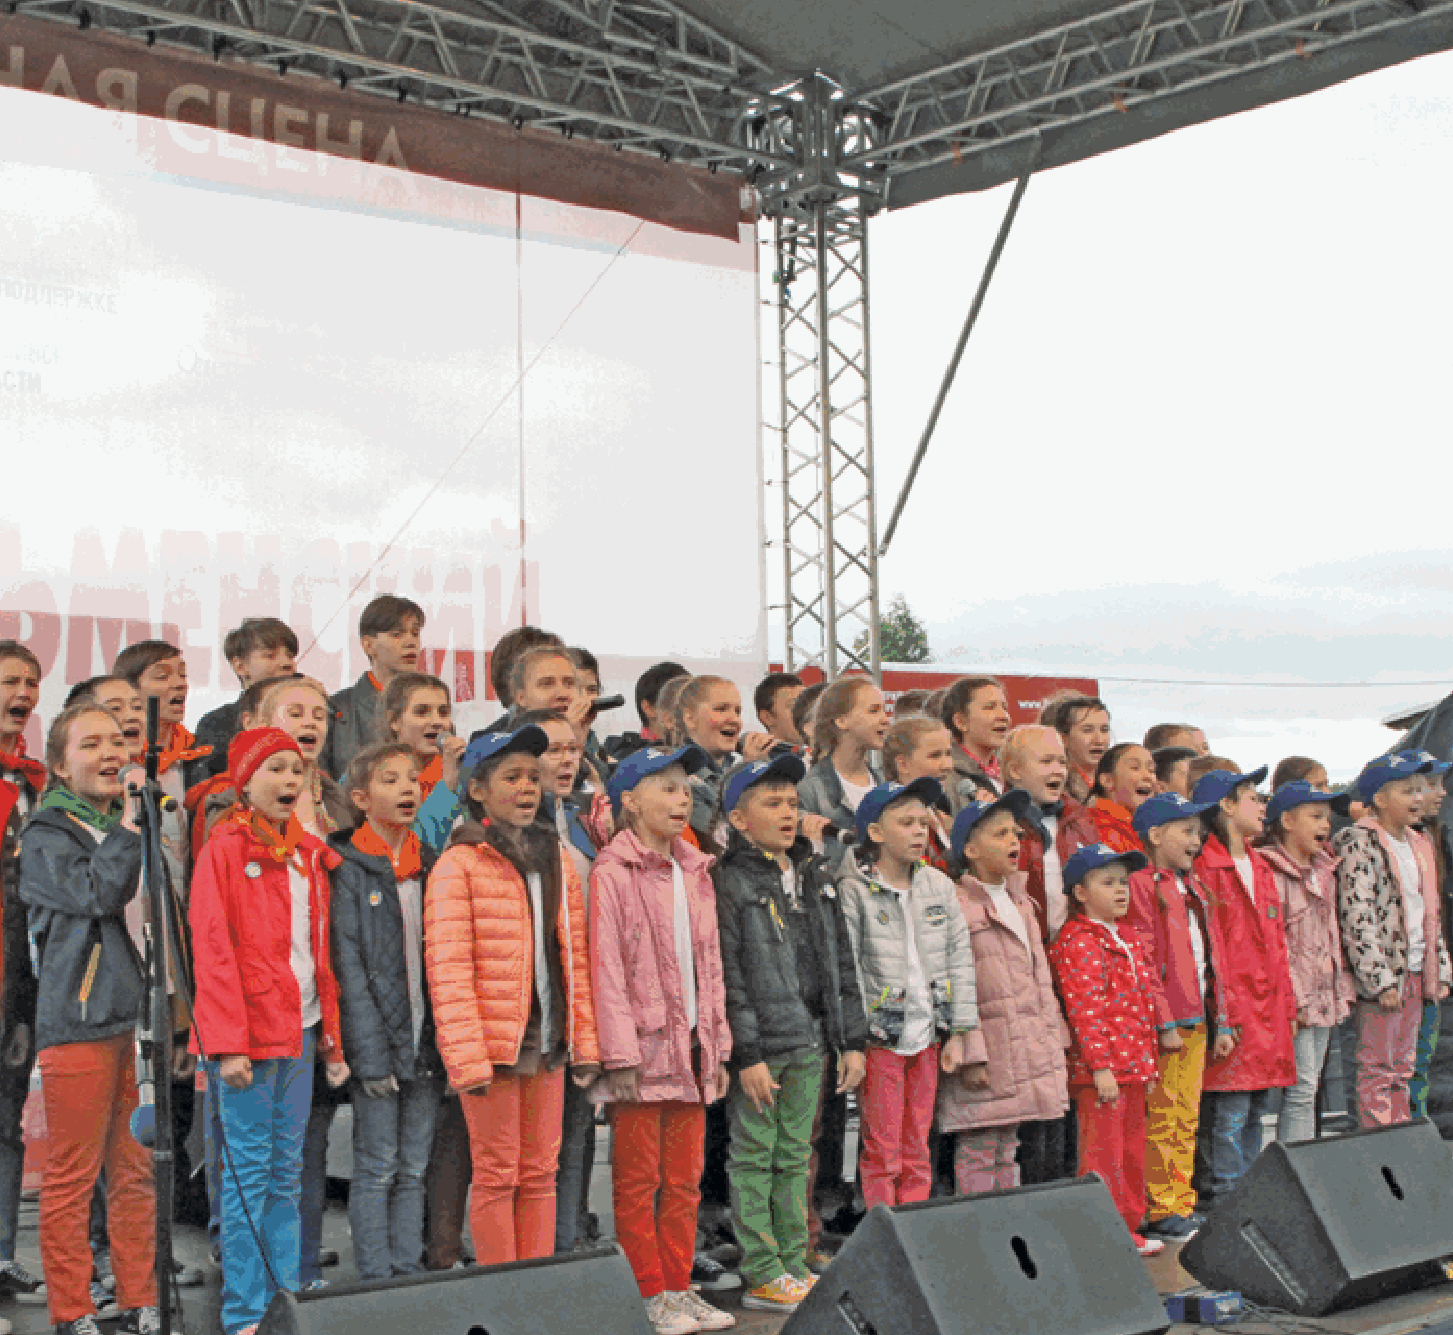
562                                                                                     563